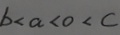
b < a < o < c